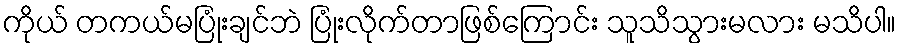
ကိုယ် တကယ်မပြုံးချင်ဘဲ ပြုံးလိုက်တာဖြစ်ကြောင်း သူသိသွားမလား မသိပါ။